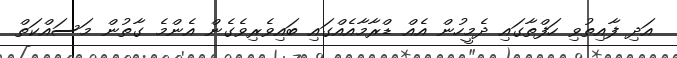
އަދި ފާއިތުވި ހަފްތާގައި ދެމީހުން އެއް ޑްރާމާއެއްގައި ބައިވެރިވެގެން އެންމެ ގާތުން މަސައްކަތް